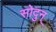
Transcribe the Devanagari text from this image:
सोदुन्